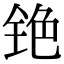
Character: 铯